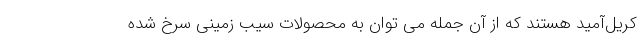
کریل‌آمید هستند که از آن جمله می توان به محصولات سیب زمینی سرخ شده